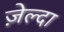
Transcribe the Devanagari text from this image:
ज़ेल्दा